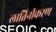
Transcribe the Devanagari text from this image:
लातिनीकरण